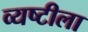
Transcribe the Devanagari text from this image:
व्यष्टीला